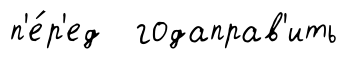
п'е́р'ед годаправ'ить